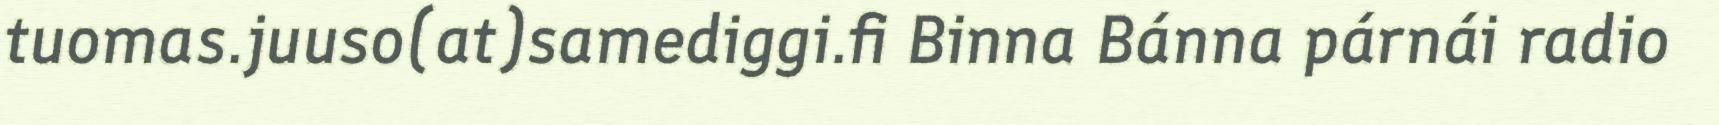
tuomas.juuso(at)samediggi.fi Binna Bánna párnái radio